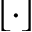
\left\lfloor \cdot \right\rfloor